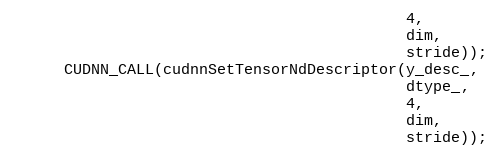
Language: C
                                            4,
                                            dim,
                                            stride));
      CUDNN_CALL(cudnnSetTensorNdDescriptor(y_desc_,
                                            dtype_,
                                            4,
                                            dim,
                                            stride));